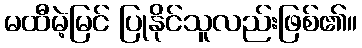
မထီမဲ့မြင် ပြုနိုင်သူလည်းဖြစ်၏။